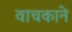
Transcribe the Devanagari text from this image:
वाचकाने